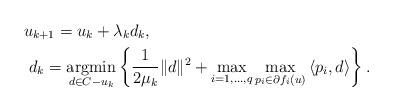
LaTeX: \begin{align*} & u_{k+1}=u_k + \lambda_k d_k, \\& \ d_k = \underset{d \in C- u_k}{\mbox{argmin}} \left\{ \frac{1}{2 \mu_k} \Vert d \Vert^2 + \max\limits_{i=1,...,q} \max_{p_i\in \partial f_i(u)} \left\langle p_i, d \right\rangle \right\} .\end{align*}